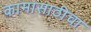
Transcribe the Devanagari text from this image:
कामासाठीचा